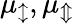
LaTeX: \mu_{\updownarrow},\mu_{\Updownarrow}